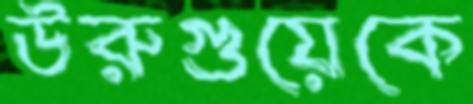
উরুগুয়েকে